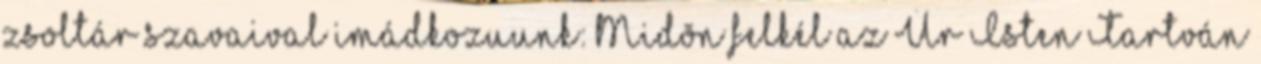
zsoltár szavaival imádkozuunk: Midõn felkél az Úr Isten Tartván